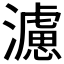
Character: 濾